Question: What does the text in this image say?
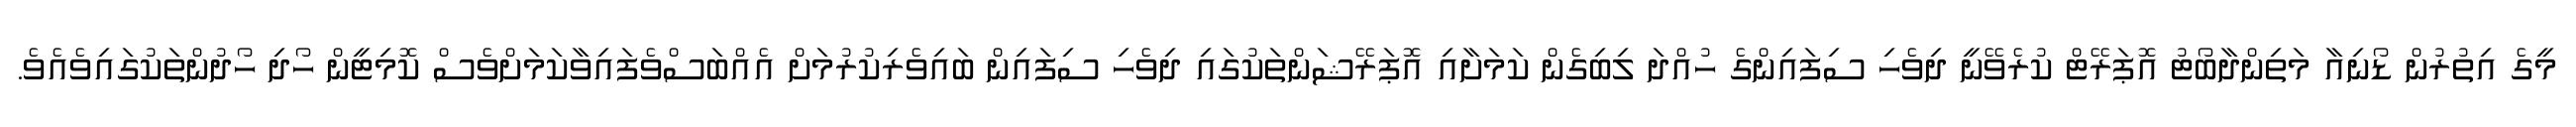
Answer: މީގެ އިތުރުން ޑޯނިއާ މަތިންދާބޯޓު އޮޕަރޭޓް ކުރެވޭނީ ދިވެހި ސިފައިންގެ ހުއްދަ ލިބިގެން ކަމަށާއި އޮޕަރޭޝަންތަކުގައި ދިވެހި ސިފައިން ބައިވެރިކުރުމަށް އެއްބަސްވެފައިވާކަމަށްވެސް ކޮމިޓީން ހޯދި ހޯދުންތަކުގައިވެއެވެ.